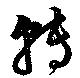
轉